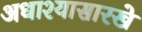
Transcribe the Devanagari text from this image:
अधाश्यासारखे